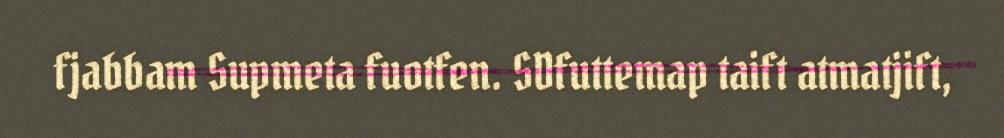
fjabbam Supmeta fuotfen. SDfuttemap taift atmatjift,